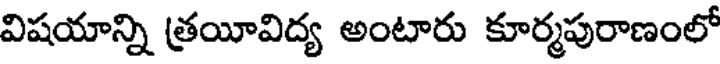
విషయాన్ని త్రయీవిద్య అంటారు కూర్మపురాణంలో